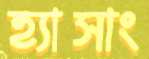
হ্যাসাং